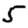
Digit: 5